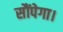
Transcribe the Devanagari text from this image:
सौंपेगा।